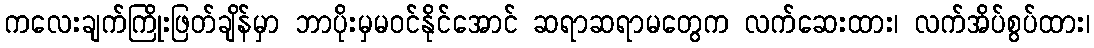
ကလေးချက်ကြိုးဖြတ်ချိန်မှာ ဘာပိုးမှမဝင်နိုင်အောင် ဆရာဆရာမတွေက လက်ဆေးထား၊ လက်အိပ်စွပ်ထား၊